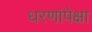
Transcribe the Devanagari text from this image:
धरणांपेक्षा